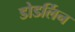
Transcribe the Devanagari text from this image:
डोडर्लिन